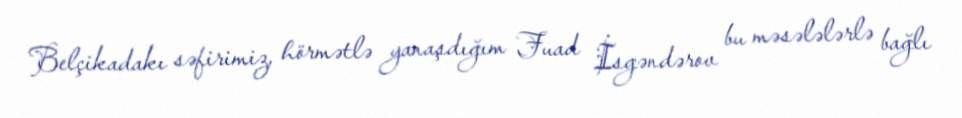
Belçikadakı səfirimiz, hörmətlə yanaşdığım Fuad İsgəndərov bu məsələlərlə bağlı